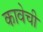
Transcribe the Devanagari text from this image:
कावेची